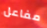
مفاعل